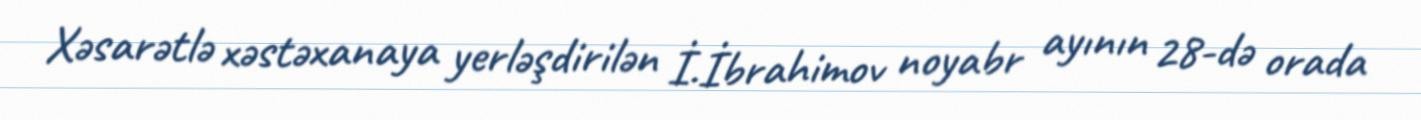
Xəsarətlə xəstəxanaya yerləşdirilən İ.İbrahimov noyabr ayının 28-də orada